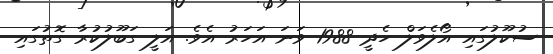
ސުކޫލުގައި އޯލެވަލް ހެދީ 1988 ވަނަ އަހަރު އެވެ. އަލީ ގަބޫލުކުރާ ގޮތުގައި